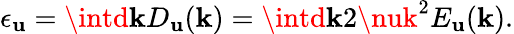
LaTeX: \epsilon_{\mathbf{u}}=\intd{\mathbf{k}}D_{\mathbf{u}}({\mathbf{k}})=\intd{\mathbf{k}}2\nuk^{2}E_{\mathbf{u}}({\mathbf{k}}).